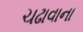
ચઢાવાના